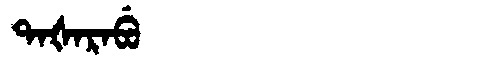
Manchu: ᡨᠠᡧᠠᡵᠠᠪᡠ
Romanization: TAŠARABU